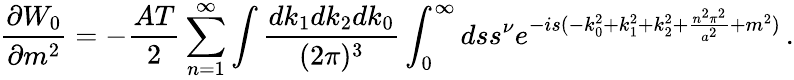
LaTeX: {\frac{\partial W_{0}}{\partial m^{2}}}=-{\frac{AT}{2}}\sum_{n=1}^{\infty}\int{\frac{dk_{1}dk_{2}dk_{0}}{(2\pi)^{3}}}\int_{0}^{\infty}dss^{\nu}e^{-is(-k_{0}^{2}+k_{1}^{2}+k_{2}^{2}+{\frac{n^{2}\pi^{2}}{a^{2}}}+m^{2})}\, .